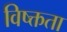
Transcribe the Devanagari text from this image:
विष्क्तता